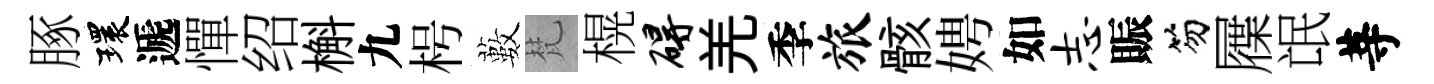
䐁環遞憚绍槲九枵藪梵榥碍羌季旅骸娉如志賑笏屧氓䓁